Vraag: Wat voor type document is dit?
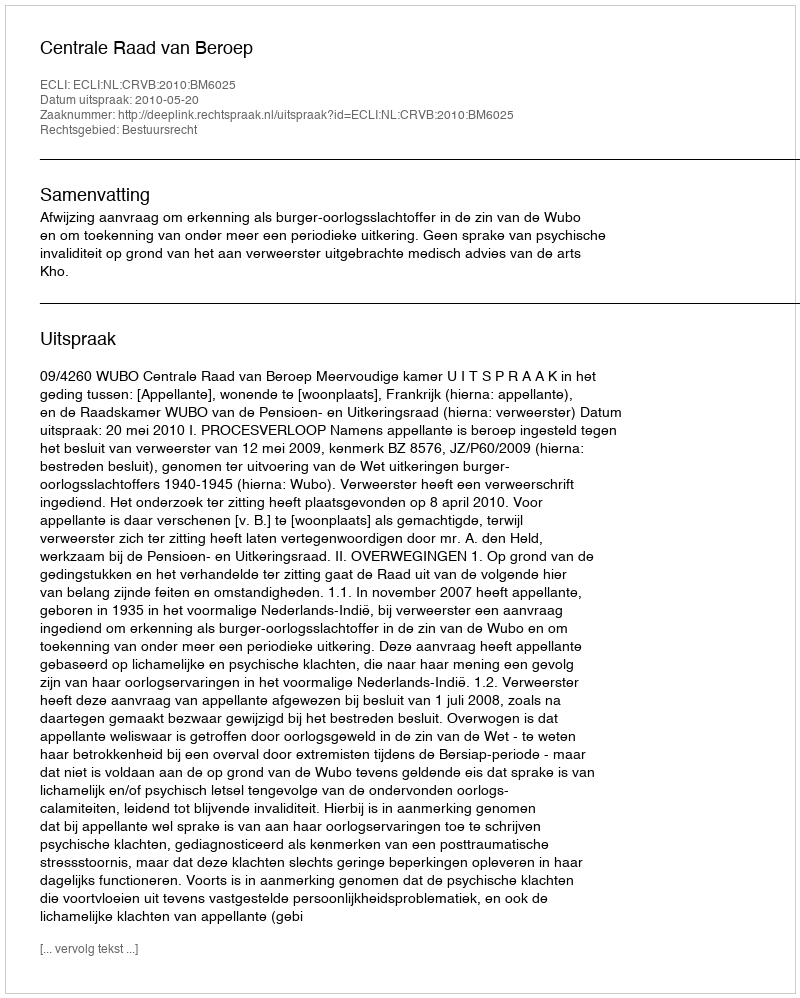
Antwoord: Uitspraak